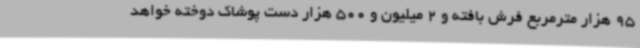
95 هزار مترمربع فرش بافته و 2 میلیون و 500 هزار دست پوشاک دوخته خواهد